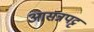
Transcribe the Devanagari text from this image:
आसन्नपट्ट